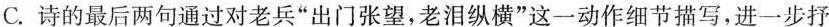
C.诗的最后两句通过对老兵”出门张望，老泪纵横”这一动作细节描写，进一步抒